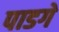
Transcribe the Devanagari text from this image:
पाडगे